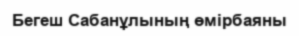
Бегеш Сабанұлының өмірбаяны